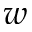
w